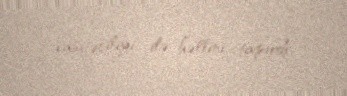
vasitəçiliyi ilə həllini tapırdı.